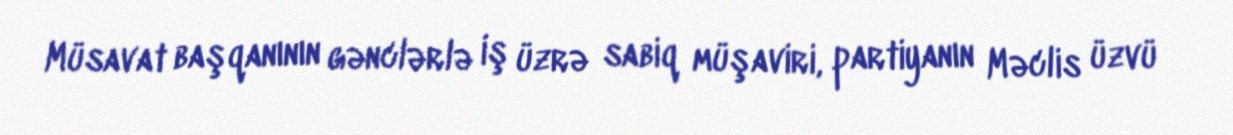
Müsavat başqanının gənclərlə iş üzrə sabiq müşaviri, partiyanın Məclis üzvü